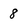
Character: 8